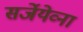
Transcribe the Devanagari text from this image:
सर्जेयेव्ना